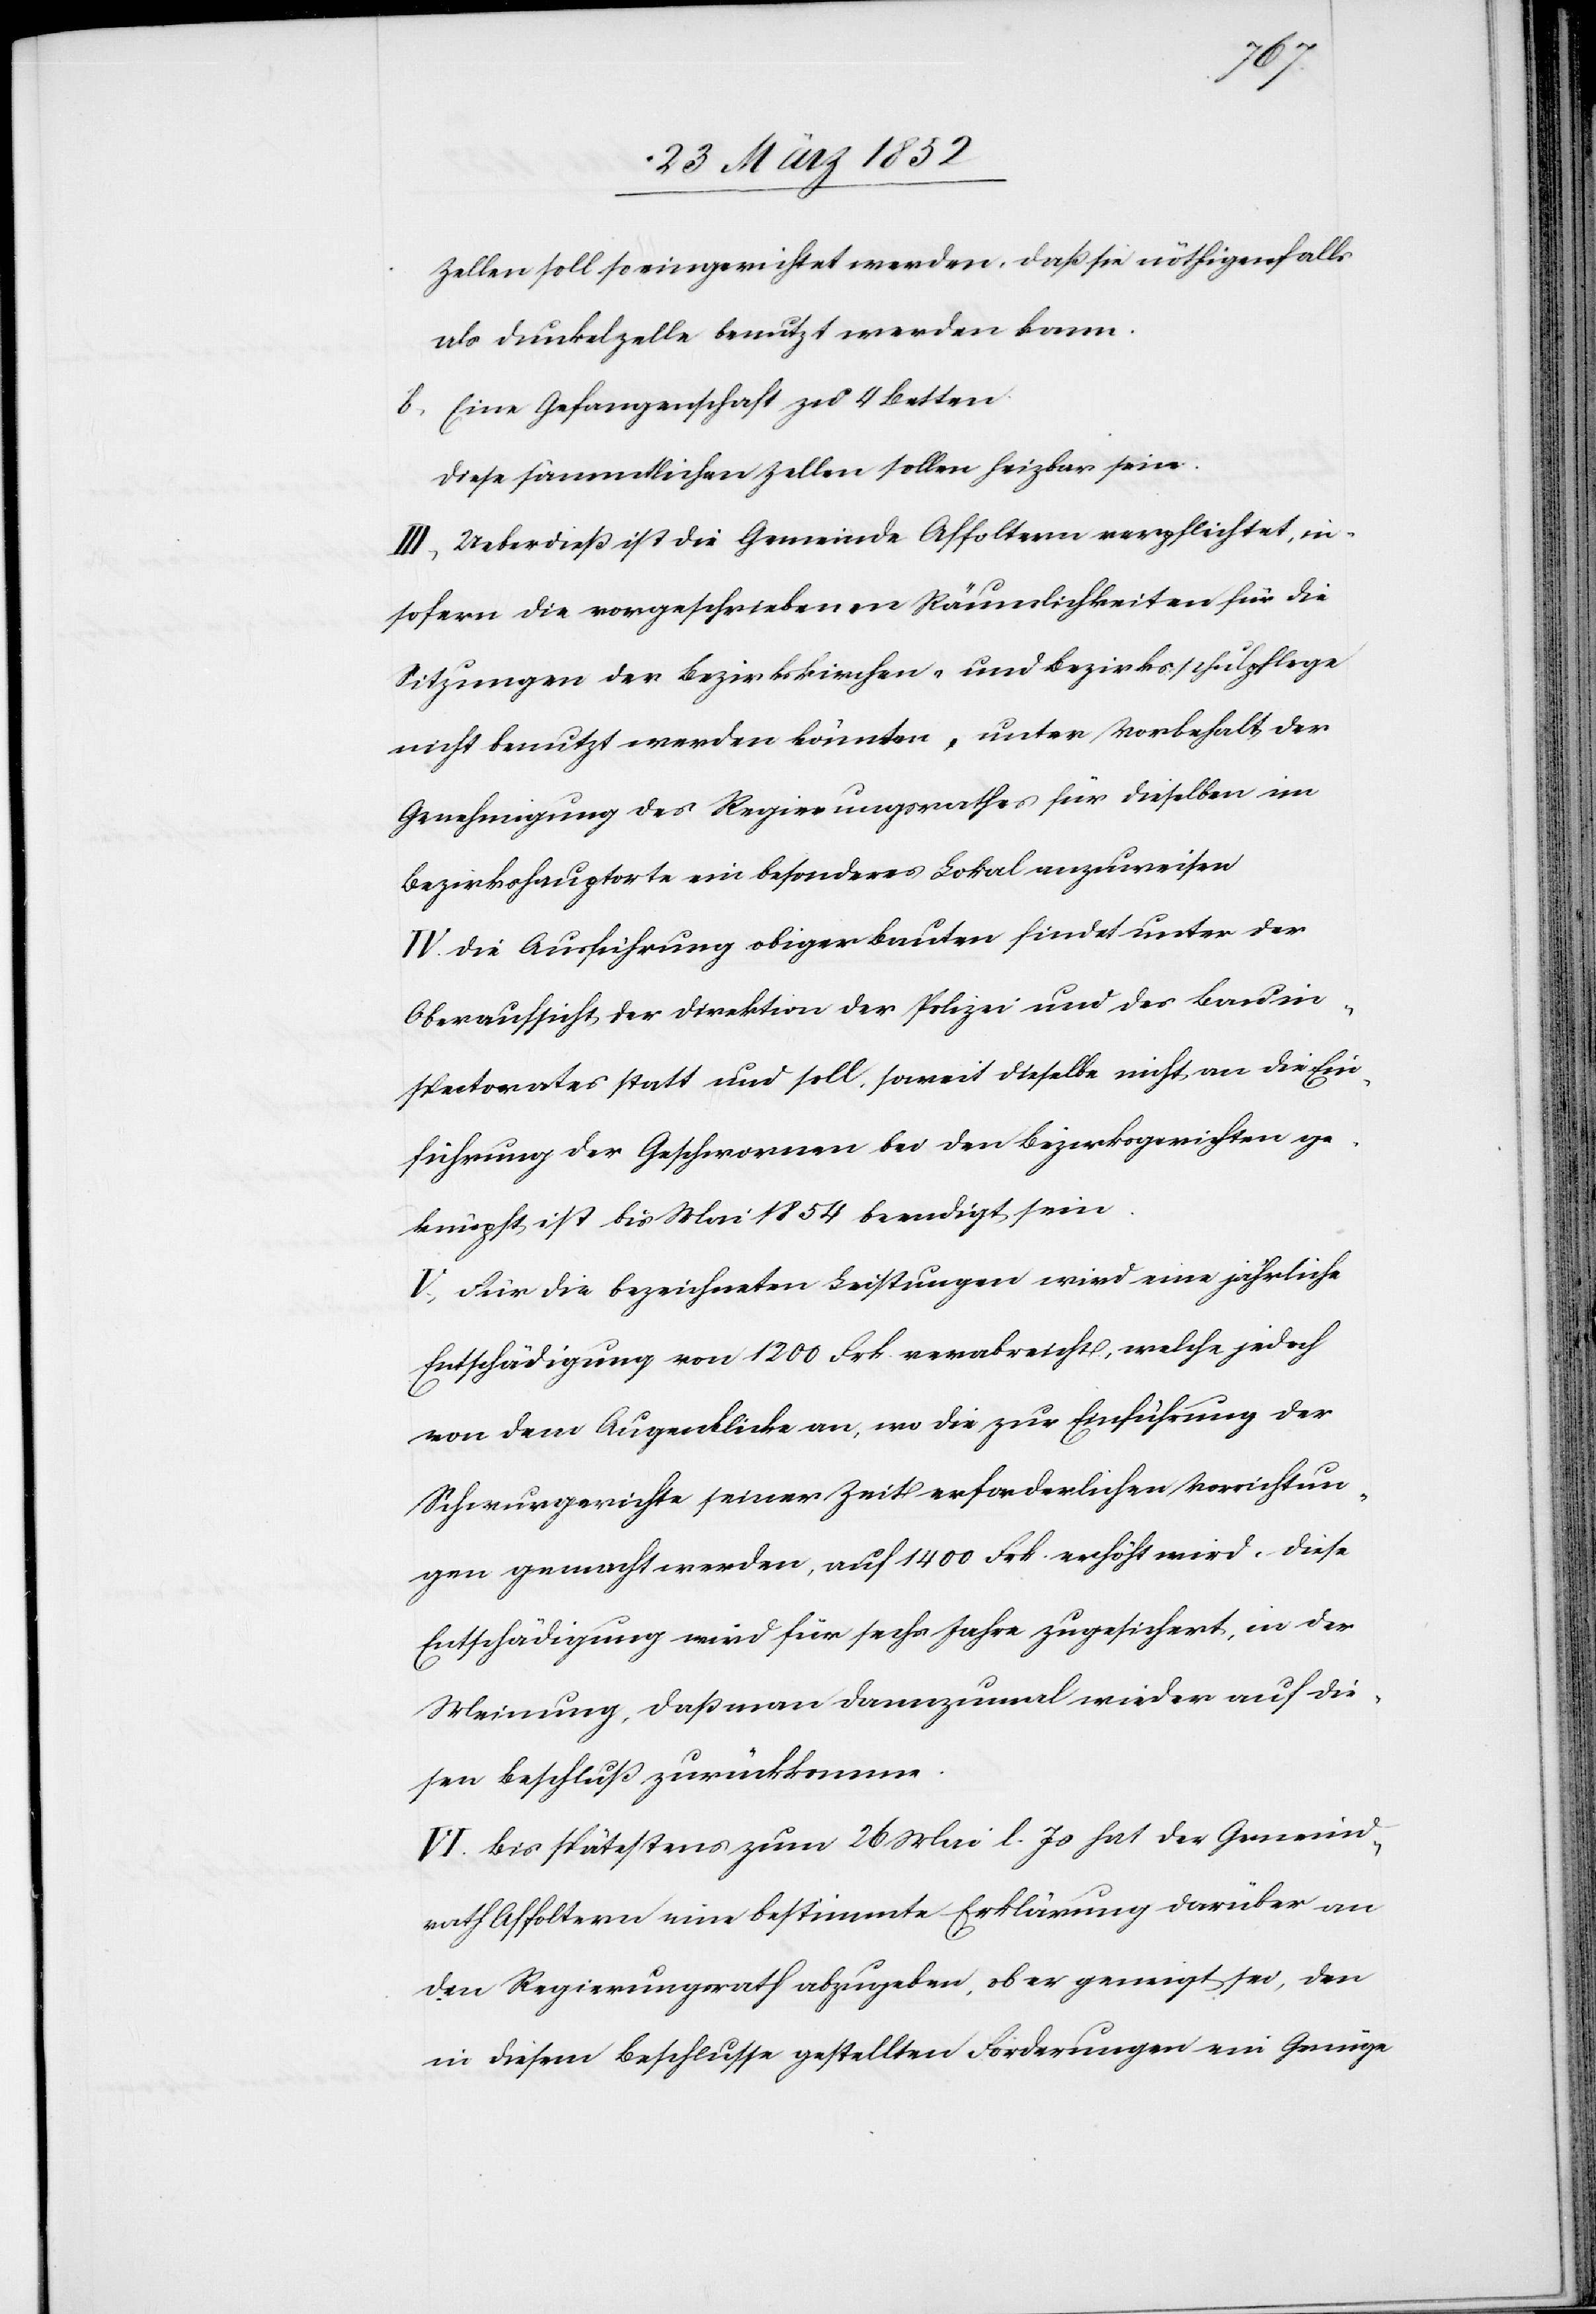
Zellen soll so eingerichtet werden, daß sie nöthigenfalls
als Dunkelzelle benutzt werden kann.
b) Eine Gefangenschaft zu 4 Betten.
Diese sämmtlichen Zellen sollen heizbar sein.
III. Ueberdieß ist die Gemeinde Affoltern verpflichtet, in¬
sofern die vorgeschriebenen Räumlichkeiten für die
Sitzungen der Bezirkskirchen- und Bezirksschulpflege
nicht benutzt werden könnten, unter Vorbehalt der
Genehmigung des Regierungsrathes für dieselben im
Bezirkshauptorte ein besonderes Lokal anzuweisen.
IV: Die Ausführung obiger Bauten findet unter der
Oberaufsicht der Direktion der Polizei und des Bauin¬
spectorates statt und soll, soweit dieselben nicht an die Ein¬
führung der Geschwornen bei den Bezirksgerichten ge¬
knüpft ist bis Mai 1854 beendigt sein.
V. Für die bezeichneten Leistungen wird eine jährliche
Entschädigung von 1200 Frk. verabreicht, welche jedoch
von dem Augenblicke an, wo die zur Einführung der
Schwurgerichte seiner Zeit erforderlichen Vorrichtun¬
gen gemacht werden, auf 1400 Frk. erhöht wird. Diese
Entschädigung wird für sechs Jahre zugesichert, in der
Meinung, daß man dannzumal wieder auf die¬
sen Beschluß zurückkomme.
VI. Bis spätestens zum 26 Mai l. Js hat der Gemeind¬
rath Affoltern eine bestimmte Erklärung darüber an
den Regierungsrath abzugeben, ob er geneigt sei, den
in diesem Beschlusse gestellten Forderungen ein Genüge